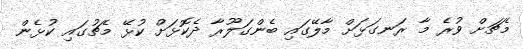
މެޗަށް ވުރެ މާ ރަނގަޅަށް މާލޭގައި ބެންގަލޫރާ ދެކޮޅަށް ކުޅޭ މެޗުގައި ކުޅެން